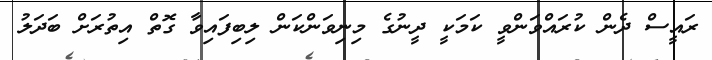
ރައީސް ދެން ކުރައްވަންވީ ކަމަކީ ދީނުގެ މިނިވަންކަން ލިބިފައިވާ ގޮތް އިތުރަށް ބަދަލު